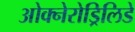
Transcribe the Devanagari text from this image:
ओक्नेरोड्रिलिडे